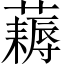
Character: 𧂭